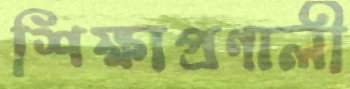
শিক্ষাপ্রণালী